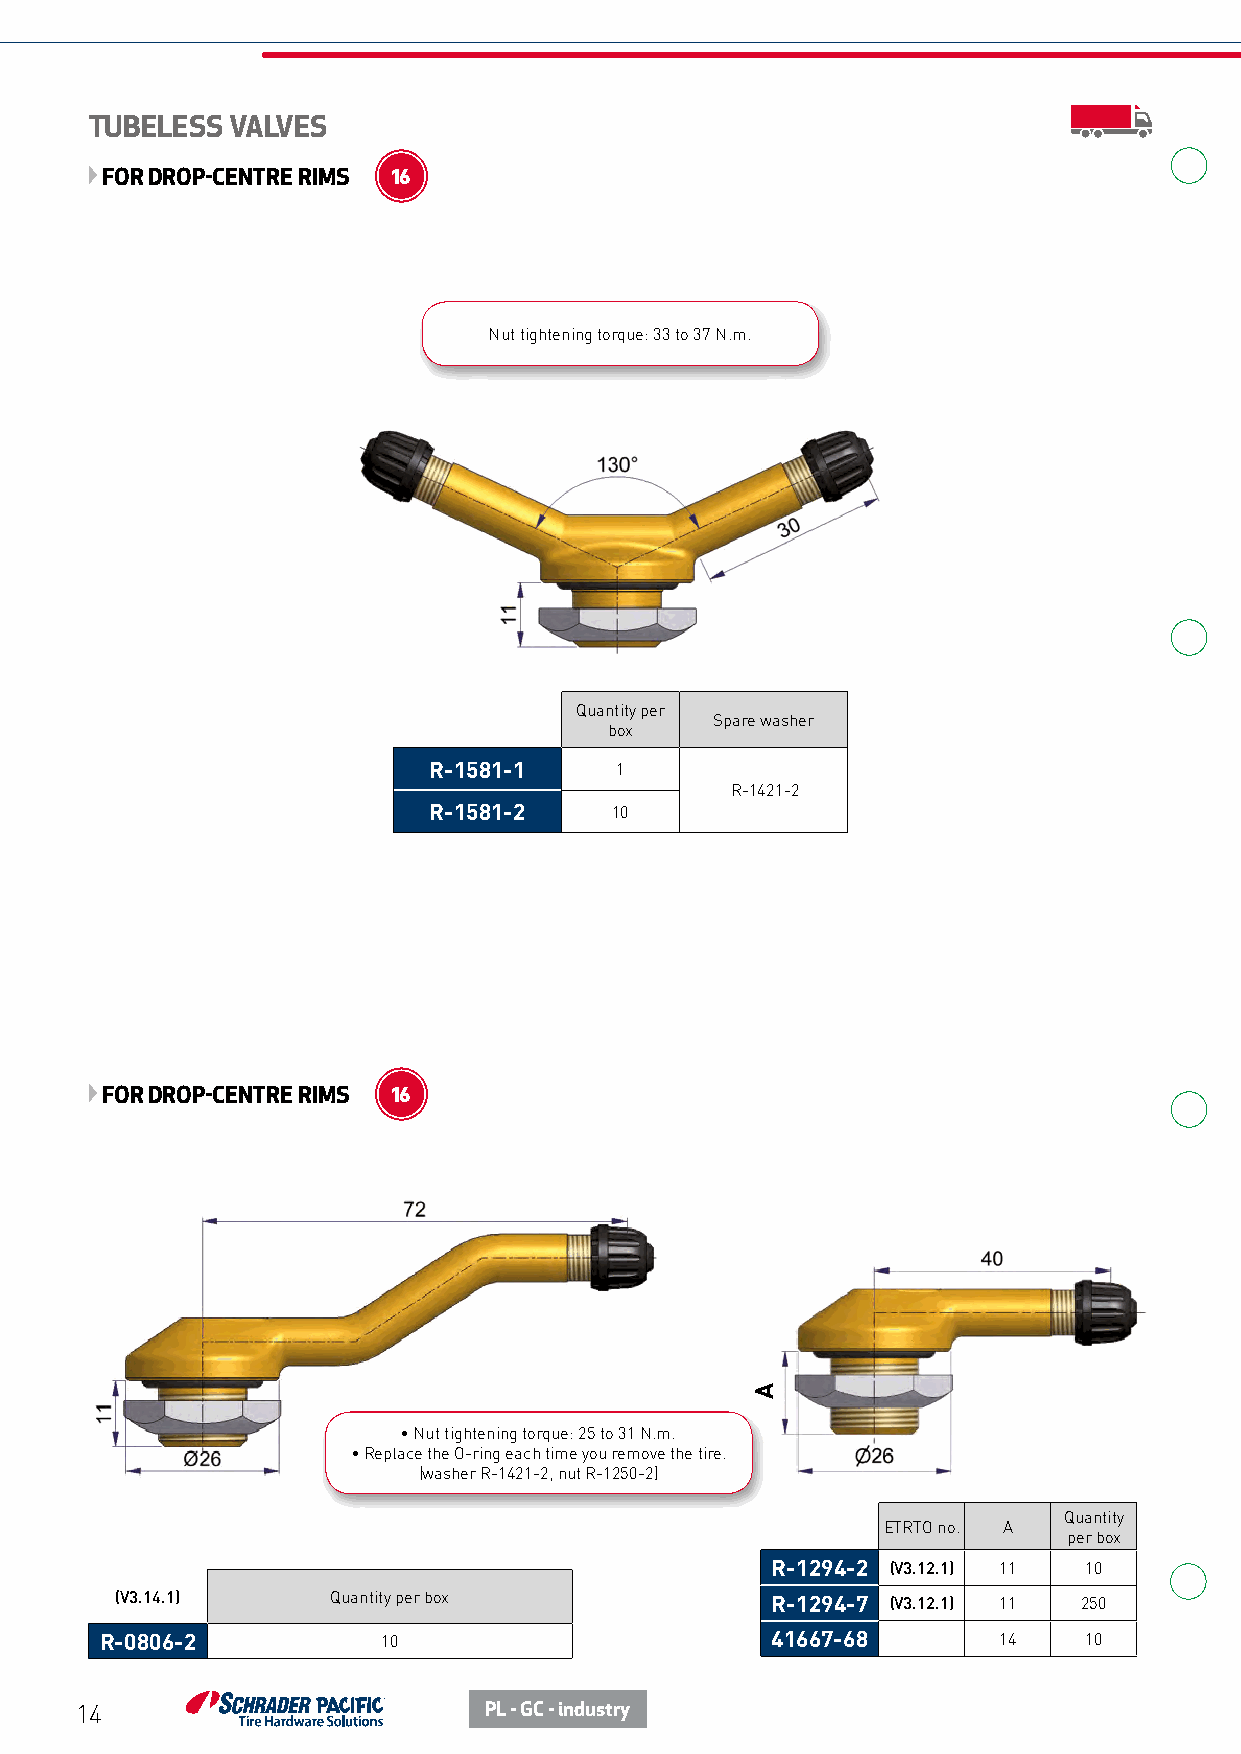
TUBELESS VALVES
 FOR DROP-CENTRE RIMS 16
 Nut tightening torque: 33 to 37 N.m.
 Quantity per
 Spare washer
 box
 R-1581-1     1
 R-1421-2
 R-1581-2    10
 FOR DROP-CENTRE RIMS 16
 • Nut tightening torque: 25 to 31 N.m.
 • Replace the O-ring each time you remove the tire.
 (washer R-1421-2, nut R-1250-2)
 Quantity
 ETRTO no. A
 per box
 R-1294-2 (V3.12.1) 11 10
 (V3.14.1)     Quantity per box             R-1294-7 (V3.12.1) 11 250
 R-0806-2          10                        41667-68       14    10
 14                         PL - GC - industry
 A